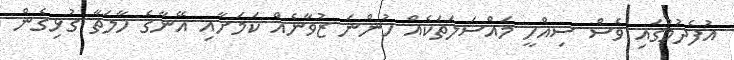
އުފެދުމުގައި ވެސް ސިއްހީ މައްސަލަތަކެއް ހުންނަ ޒުވާނެއް ކަމަށާއި އޭނާގެ ހާލަތާ ގުޅިގެން